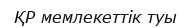
ҚР мемлекеттік туы